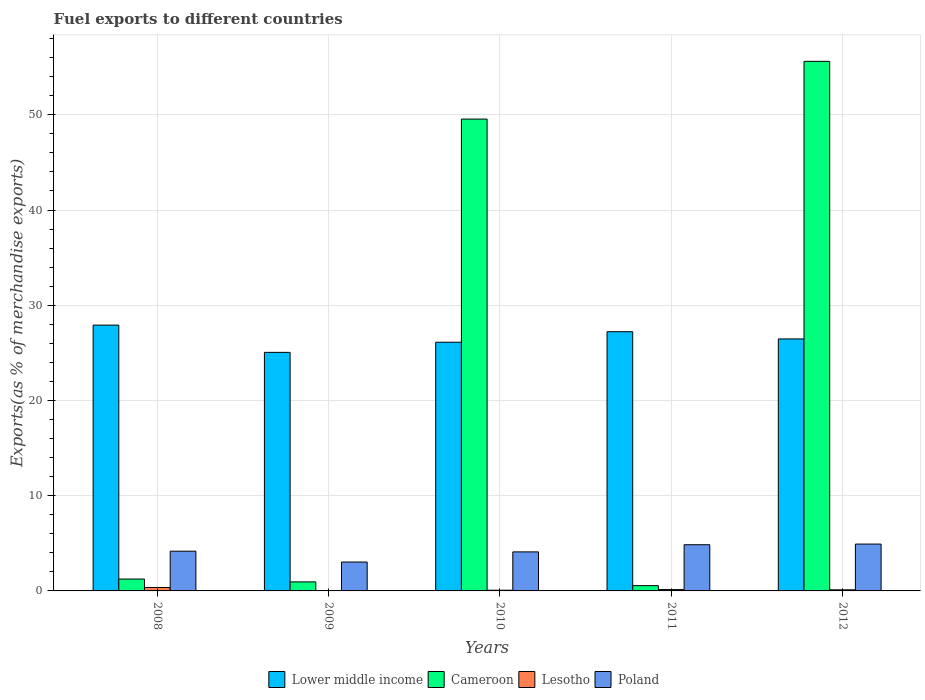
| Years | Lower middle income | Cameroon | Lesotho | Poland |
 | --- | --- | --- | --- | --- |
 | 2008 | 27.9 | 1.25 | 0.359 | 4.17 |
 | 2009 | 25.1 | 0.947 | 0.0159 | 3.03 |
 | 2010 | 26.1 | 49.5 | 0.0724 | 4.1 |
 | 2011 | 27.2 | 0.552 | 0.14 | 4.85 |
 | 2012 | 26.5 | 55.6 | 0.116 | 4.92 |